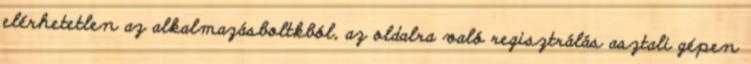
elérhetetlen az alkalmazásboltkból, az oldalra való regisztrálás asztali gépen